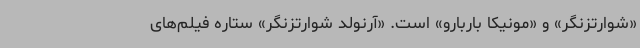
«شوارتزنگر» و «مونیکا باربارو» است. «آرنولد شوارتزنگر» ستاره فیلم‌های